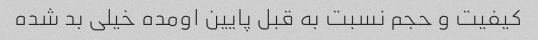
کیفیت و حجم نسبت به قبل پایین اومده خیلی بد شده